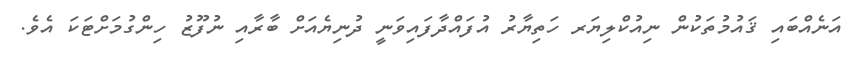
އަނެއްބައި ޤައުމުތަކުން ނިއުކްލިޔަރ ހަތިޔާރު އުފައްދާފައިވަނީ ދުނިޔެއަށް ބާރާއި ނުފޫޒު ހިންގުމަށްޓަކަ އެވެ.